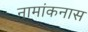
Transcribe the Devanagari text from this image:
नामांकनास